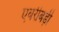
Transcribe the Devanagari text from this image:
एवरीबड़ी